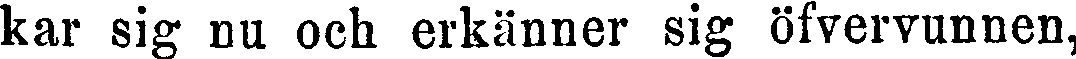
kar sig du och erkänner sig öfvervunnen,